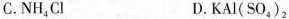
C.NH_{4}Cl D.KAl(SO_{4})_{2}